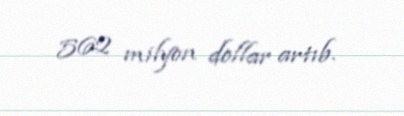
562 milyon dollar artıb.